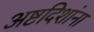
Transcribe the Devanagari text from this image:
अष्टदिशांना